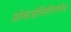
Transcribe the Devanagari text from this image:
ओक्षज़ोलिदिनोनेस